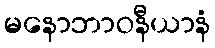
မနောဘာဝနီယာနံ